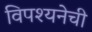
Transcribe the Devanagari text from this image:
विपश्यनेची